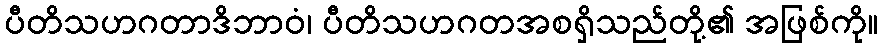
ပီတိသဟဂတာဒိဘာဝံ၊ ပီတိသဟဂတအစရှိသည်တို့၏ အဖြစ်ကို။